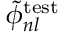
\widetilde { \phi } _ { n l } ^ { \mathrm { t e s t } }